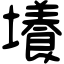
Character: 𡒶